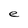
Character: e